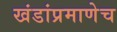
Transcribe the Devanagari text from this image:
खंडांप्रमाणेच